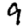
Digit: 9